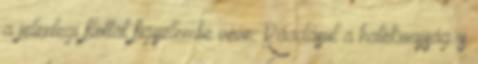
a jelenlegi flottát figyelembe véve. Ráadásul a hatékonyság is